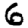
Digit: 6